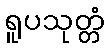
ရူပသုတ္တံ